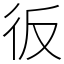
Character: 𢓉